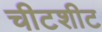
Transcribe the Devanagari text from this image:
चीटशीट